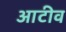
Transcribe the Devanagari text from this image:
आटीव